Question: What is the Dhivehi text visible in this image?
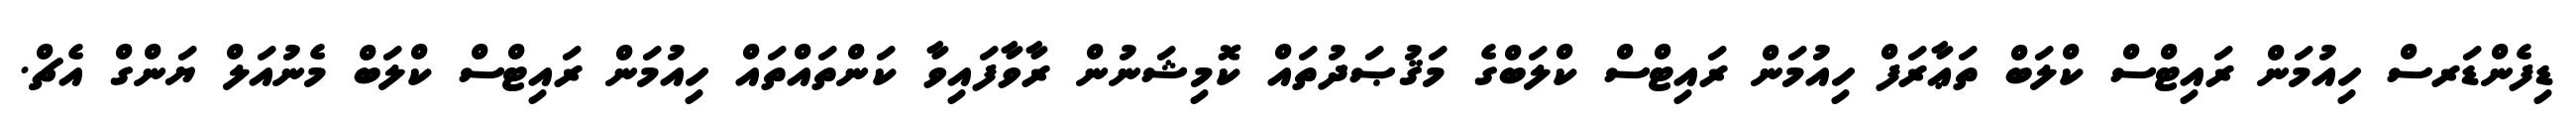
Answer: ޑިފެންޑަރސް ހިއުމަން ރައިޓްސް ކްލަބް ތަޢާރަފް ހިއުމަން ރައިޓްސް ކްލަބްގެ މަޤުޞަދުތައް ކޮމިޝަނުން ރާވާފައިވާ ކަންތައްތައް ހިއުމަން ރައިޓްސް ކްލަބް މެނުއަލް ޔަންގް އެޗް.